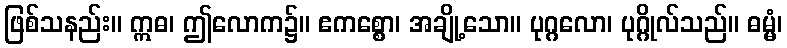
ဖြစ်သနည်း။ ဣဓ၊ ဤလောက၌။ ဧကစ္စော၊ အချို့သော။ ပုဂ္ဂလော၊ ပုဂ္ဂိုလ်သည်။ ဓမ္မံ၊